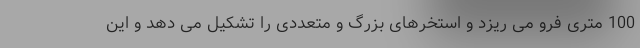
100 متری فرو می ریزد و استخرهای بزرگ و متعددی را تشکیل می دهد و این